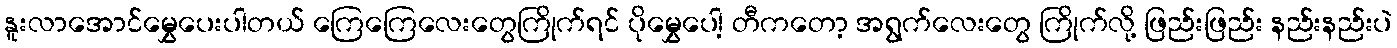
နူးလာအောင်မွှေပေးပါတယ် ကြေကြေလေးတွေကြိုက်ရင် ပိုမွှေပေါ့ တီကတော့ အရွက်လေးတွေ ကြိုက်လို့ ဖြည်းဖြည်း နည်းနည်းပဲ